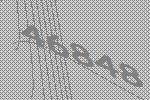
46848